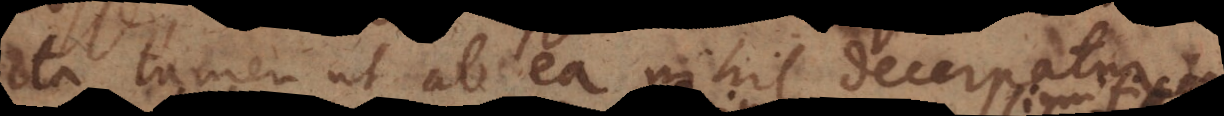
ita tamen ut ab ea nihil decerpatur,